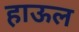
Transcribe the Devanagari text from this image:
हाऊल